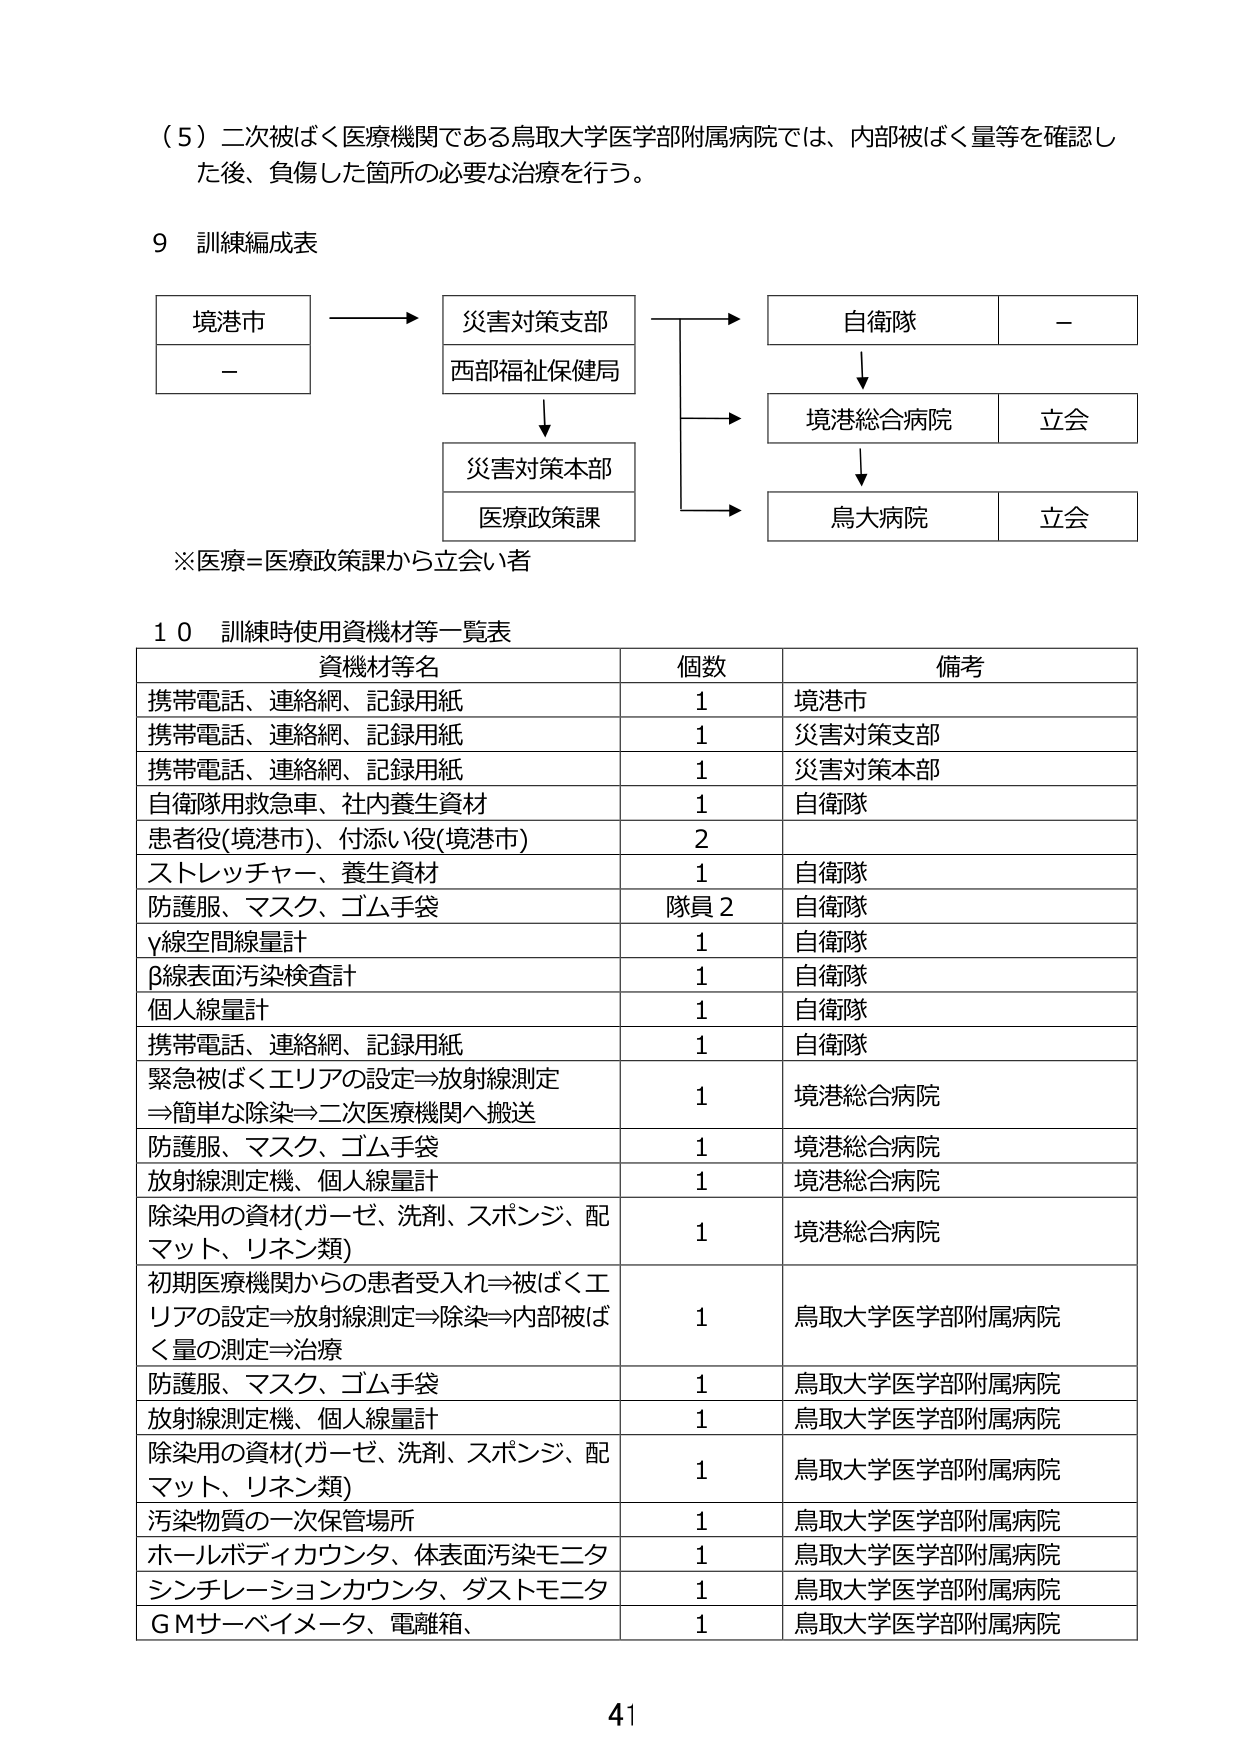
（５）二次被ばく医療機関である鳥取大学医学部附属病院では、内部被ばく量等を確認した後、負傷した箇所の必要な治療を行う。

９ 訓練編成表

境港市 → 災害対策支部 → 自衛隊 －
　　　　↓　　　　　　　　↓
　　　　西部福祉保健局　　　　境港総合病院 立会
　　　　↓　　　　　　　　↓
　　　　災害対策本部　　　　鳥大病院 立会
　　　　医療政策課

※医療＝医療政策課から立会い者

１０ 訓練時使用資機材等一覧表

| 資機材等名 | 個数 | 備考 |
|-------------|------|------|
| 携帯電話、連絡網、記録用紙 | 1 | 境港市 |
| 携帯電話、連絡網、記録用紙 | 1 | 災害対策支部 |
| 携帯電話、連絡網、記録用紙 | 1 | 災害対策本部 |
| 自衛隊用救急車、社内養生資材 | 1 | 自衛隊 |
| 患者役(境港市)、付添い役(境港市) | 2 | |
| ストレッチャー、養生資材 | 1 | 自衛隊 |
| 防護服、マスク、ゴム手袋 | 隊員２ | 自衛隊 |
| γ線空間線量計 | 1 | 自衛隊 |
| β線表面汚染検査計 | 1 | 自衛隊 |
| 個人線量計 | 1 | 自衛隊 |
| 携帯電話、連絡網、記録用紙 | 1 | 自衛隊 |
| 緊急被ばくエリアの設定⇒放射線測定⇒簡単な除染⇒二次医療機関へ搬送 | 1 | 境港総合病院 |
| 防護服、マスク、ゴム手袋 | 1 | 境港総合病院 |
| 放射線測定機、個人線量計 | 1 | 境港総合病院 |
| 除染用の資材(ガーゼ、洗剤、スポンジ、配マット、リネン類) | 1 | 境港総合病院 |
| 初期医療機関からの患者受入れ⇒被ばくエリアの設定⇒放射線測定⇒除染⇒内部被ばく量の測定⇒治療 | 1 | 鳥取大学医学部附属病院 |
| 防護服、マスク、ゴム手袋 | 1 | 鳥取大学医学部附属病院 |
| 放射線測定機、個人線量計 | 1 | 鳥取大学医学部附属病院 |
| 除染用の資材(ガーゼ、洗剤、スポンジ、配マット、リネン類) | 1 | 鳥取大学医学部附属病院 |
| 汚染物質の一次保管場所 | 1 | 鳥取大学医学部附属病院 |
| ホールボディカウンタ、体表面汚染モニタ | 1 | 鳥取大学医学部附属病院 |
| シンチレーションカウンタ、ダストモニタ | 1 | 鳥取大学医学部附属病院 |
| ＧＭサーベイメータ、電離箱、 | 1 | 鳥取大学医学部附属病院 |

41